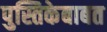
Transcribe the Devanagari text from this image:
पुस्तिकेबाबत